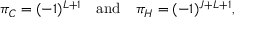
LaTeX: \pi _ { \cal C } = ( - 1 ) ^ { L + 1 } \quad \mathrm { a n d } \quad \pi _ { \cal H } = ( - 1 ) ^ { J + L + 1 } ,